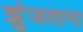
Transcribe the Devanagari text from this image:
झुंजताना